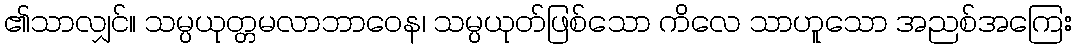
၏သာလျှင်။ သမ္ပယုတ္တမလာဘာဝေန၊ သမ္ပယုတ်ဖြစ်သော ကိလေ သာဟူသော အညစ်အကြေး